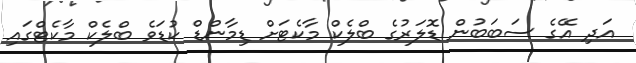
އަދި އޭގެ ސަބަބުން ޑޮލަރުގެ ބްލެކް މާކެޓަށް ޑިމާންޑް ކުޑަވެ ބްލެކް މާކެޓްގައި